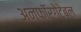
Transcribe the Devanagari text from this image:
अन्फ़ॉर्गेटेबल